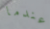
عندما